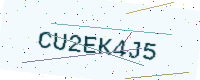
Text: CU2EK4J5